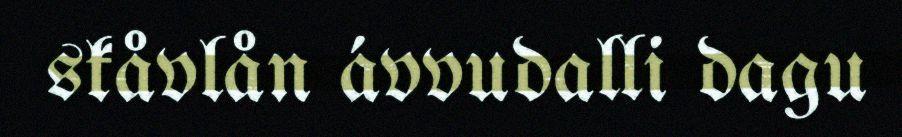
skåvlån ávvudalli dagu